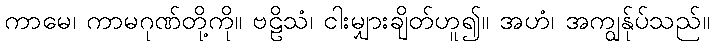
ကာမေ၊ ကာမဂုဏ်တို့ကို။ ဗဠိသံ၊ ငါးမျှားချိတ်ဟူ၍။ အဟံ၊ အကျွန်ုပ်သည်။